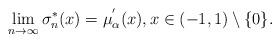
LaTeX: \begin{align*}\lim_{n\rightarrow \infty} \sigma_n^*(x)=\mu_{\alpha}^{'}(x),x\in (-1,1)\setminus\{0\}.\end{align*}